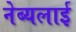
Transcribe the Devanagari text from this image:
नेब्यलाई